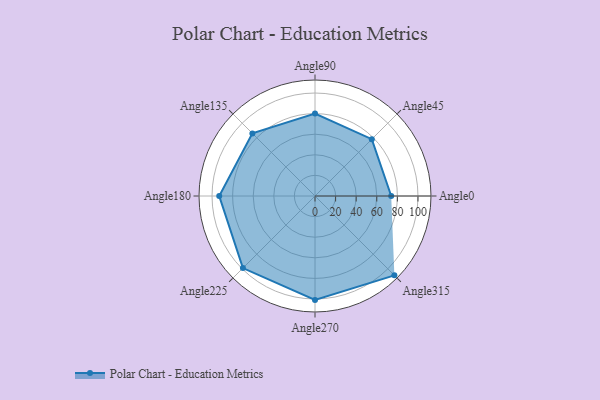
{"axis": {"x": "Angle", "y": "Radius"}, "legend": [""], "data": [{"x": "Angle0", "y": 74.0, "type": ""}, {"x": "Angle45", "y": 78.0, "type": ""}, {"x": "Angle90", "y": 80.0, "type": ""}, {"x": "Angle135", "y": 86.0, "type": ""}, {"x": "Angle180", "y": 93.0, "type": ""}, {"x": "Angle225", "y": 99.0, "type": ""}, {"x": "Angle270", "y": 101.0, "type": ""}, {"x": "Angle315", "y": 109.0, "type": ""}]}